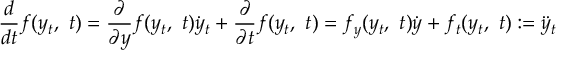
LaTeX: { \frac { d } { d t } } f ( y _ { t } , \ t ) = { \frac { \partial } { \partial y } } f ( y _ { t } , \ t ) { \dot { y } } _ { t } + { \frac { \partial } { \partial t } } f ( y _ { t } , \ t ) = f _ { y } ( y _ { t } , \ t ) { \dot { y } } + f _ { t } ( y _ { t } , \ t ) : = { \ddot { y } } _ { t }